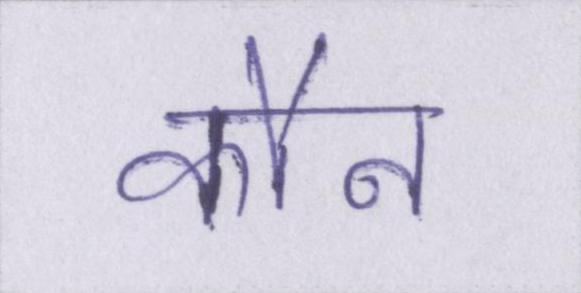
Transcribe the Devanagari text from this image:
कौन